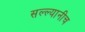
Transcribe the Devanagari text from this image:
सल्ल्यानीच